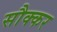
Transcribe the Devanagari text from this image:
सौक्कर